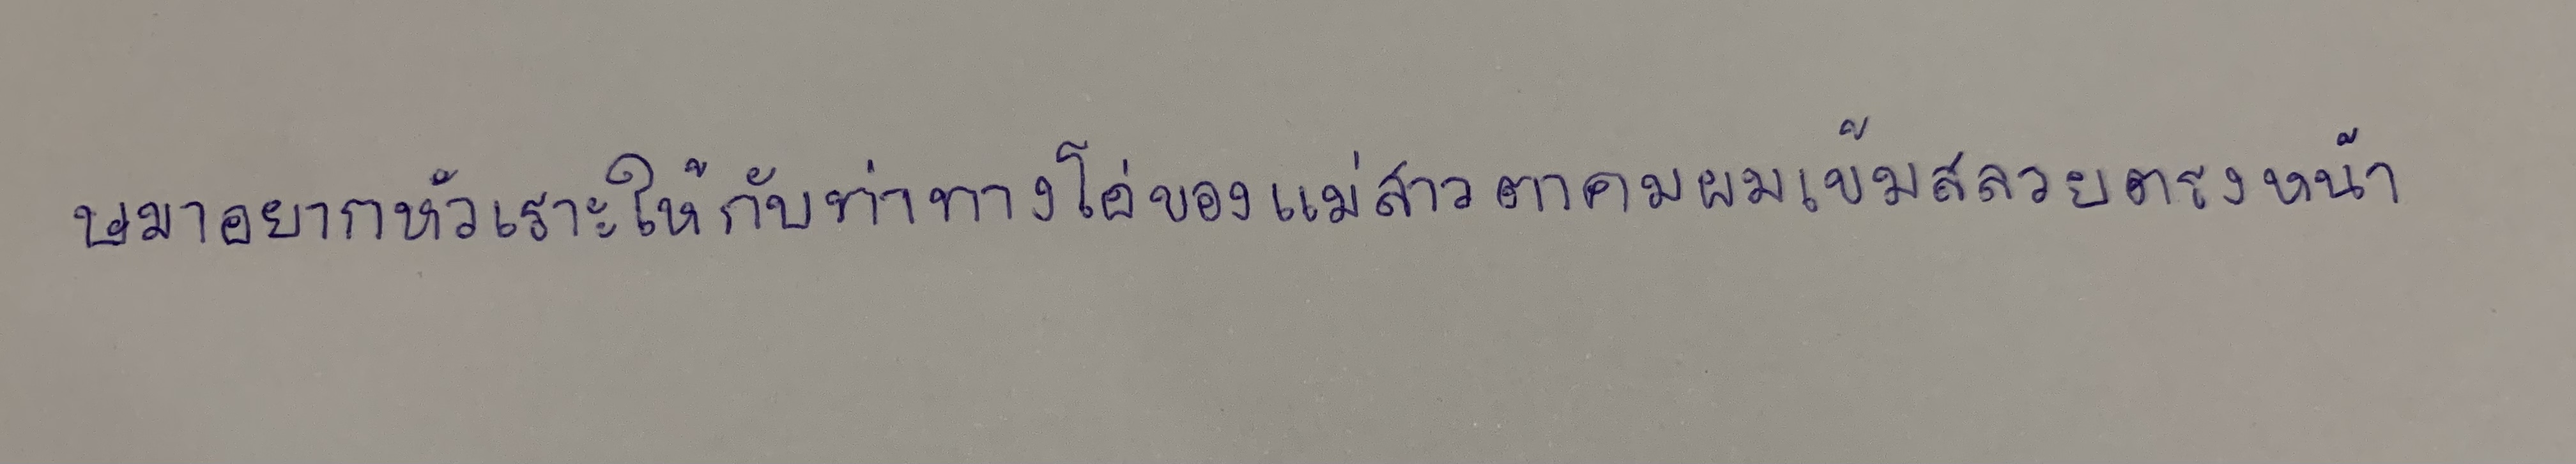
ษมาอยากหัวเราะให้กับท่าทางโอ่ของแม่สาวตาคมผมเข้มสลวยตรงหน้า